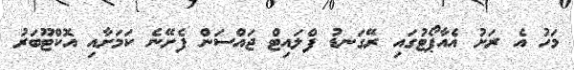
މަހު އެ ރަށު އެއާޕޯޓުގައި ރޭގަނޑު ފްލައިޓް ޖައްސަން ފެށޭނެ ކަމަށާއި އޮކްޓޫބަރު